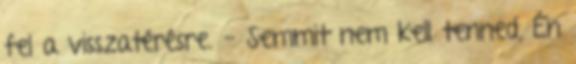
fel a visszatérésre. - Semmit nem kell tenned, Én